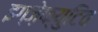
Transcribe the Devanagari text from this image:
इग्ज़ेक्युटिव